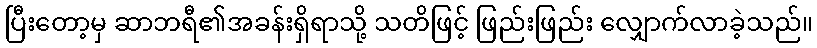
ပြီးတော့မှ ဆာဘရီ၏အခန်းရှိရာသို့ သတိဖြင့် ဖြည်းဖြည်း လျှောက်လာခဲ့သည်။